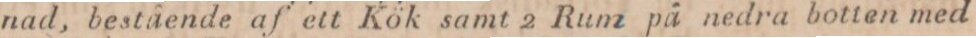
nad, bestående af ett Kök samt 2 Rum på nedra botten med